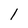
Character: l